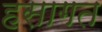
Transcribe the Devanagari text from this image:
हसागत